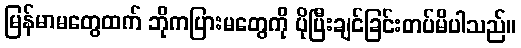
မြန်မာမတွေထက် ဘိုကပြားမတွေကို ပိုပြီးချင်ခြင်းတပ်မိပါသည်။